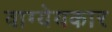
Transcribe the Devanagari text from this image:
वाग्येयकार